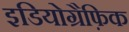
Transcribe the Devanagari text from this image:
इडियोग्रैफ़िक